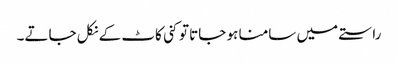
راستے میں سامنا ہو جاتا تو کنی کاٹ کے نکل جاتے۔